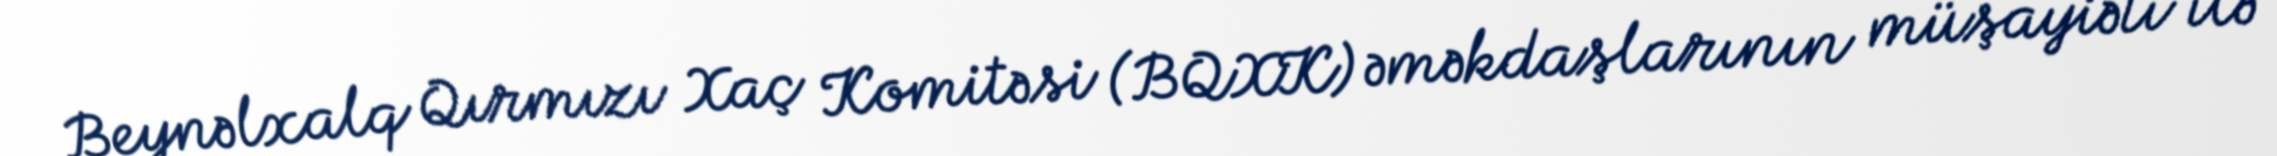
Beynəlxalq Qırmızı Xaç Komitəsi (BQXK) əməkdaşlarının müşayiəti ilə